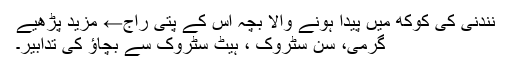
نندنی کی کوکھ میں پیدا ہونے والا بچہ اس کے پتی راج← مزید پڑھیے
گرمی، سن سٹروک ، ہیٹ سٹروک سے بچاؤ کی تدابیر۔